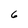
Character: 6